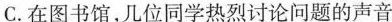
C. 在图书馆，几位同学热烈讨论问题的声音